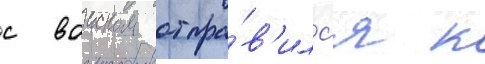
с воиском отпра́в'илс'я к